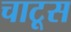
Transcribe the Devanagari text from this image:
चाटूस